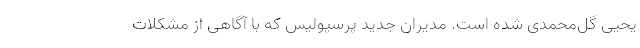
یحیی گل‌محمدی شده است. مدیران جدید پرسپولیس که با آگاهی از مشکلات